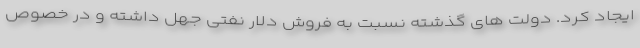
ایجاد کرد. دولت های گذشته نسبت به فروش دلار نفتی جهل داشته و در خصوص